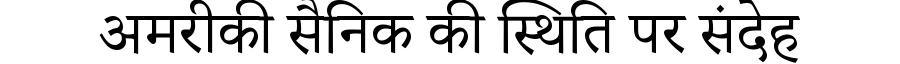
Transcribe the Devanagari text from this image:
अमरीकी सैनिक की स्थिति पर संदेह